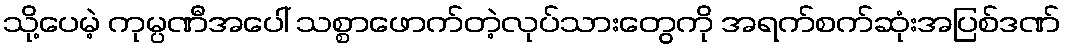
သို့ပေမဲ့ ကုမ္ပဏီအပေါ် သစ္စာဖောက်တဲ့လုပ်သားတွေကို အရက်စက်ဆုံးအပြစ်ဒဏ်